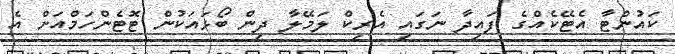
ކައުންޓާ އެޓޭކެއްގެ ފައިދާ ނަގައި އެރިކް ލަމޭލާ ދިން ބޯޅައަކުން ޓޮޓެންހަމްއަށް އެ